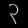
Digit: ၃